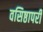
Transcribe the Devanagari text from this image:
वसिष्ठापरी